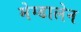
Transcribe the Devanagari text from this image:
मेग्डालेन